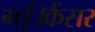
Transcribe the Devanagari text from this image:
गई।कैंसर